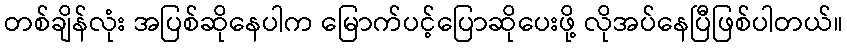
တစ်ချိန်လုံး အပြစ်ဆိုနေပါက မြောက်ပင့်ပြောဆိုပေးဖို့ လိုအပ်နေပြီဖြစ်ပါတယ်။